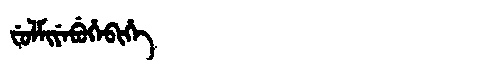
Manchu: ᠸᡠᠯᠮᡳᠶᡝᠪᡠᡥᡝᠪᡳᡥᡝ
Romanization: FULMIYEBUHEBIHE